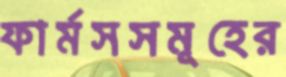
ফার্মসসমূহের